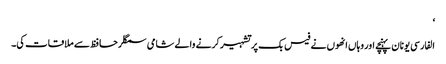
‘
الفارسی یونان پہنچے اور وہاں انھوں نے فیس بک پر تشہیر کرنے والے شامی سمگلر حافظ سے ملاقات کی۔